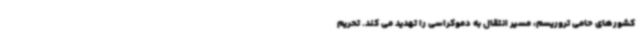
کشورهای حامی تروریسم، مسیر انتقال به دموکراسی را تهدید می کند. تحریم